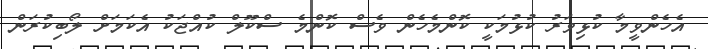
އެހެންވީމާ ކުޅިވަރު ކުޅުމަކީ ކޮންމެހެން ވެސް ކޮންމެ ސްކޫލް ކުއްޖަކު އެކަމަށް ލޯބިކުރަން